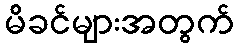
မိခင်များအတွက်